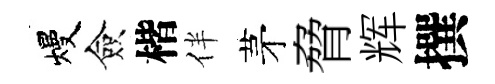
熳僉楷伴茅脅辉撰